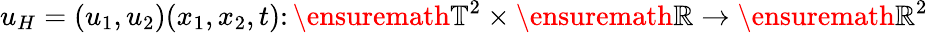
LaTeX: u_{H}=(u_{1},u_{2})(x_{1},x_{2},t)\colon\ensuremath{\mathbb{T}}^{2}\times\ensuremath{\mathbb{R}}\to\ensuremath{\mathbb{R}}^{2}